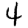
Digit: 4